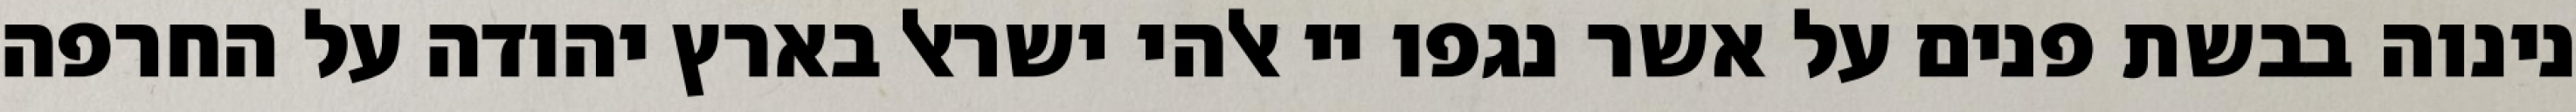
נינוה בבשת פנים על אשר נגפו יי אלהי ישראל בארץ יהודה על החרפה